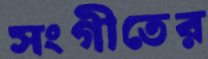
সংগীতের